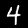
Label: 4